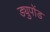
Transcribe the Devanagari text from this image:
ड्युपोंड